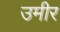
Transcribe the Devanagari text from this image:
उमीर